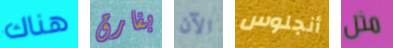
هناك بفارق الآن أنجلوس مثل